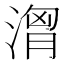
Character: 𣺷